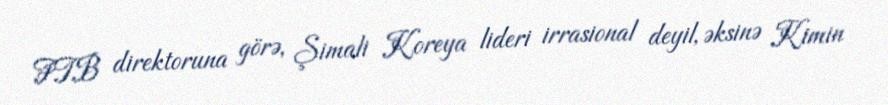
FTB direktoruna görə, Şimali Koreya lideri irrasional deyil, əksinə Kimin